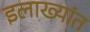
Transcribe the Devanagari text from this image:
इलाख्यांत